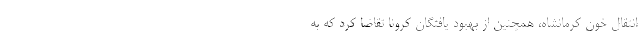
انتقال خون کرمانشاه، همچنین از بهبود یافتگان کرونا تقاضا کرد که به